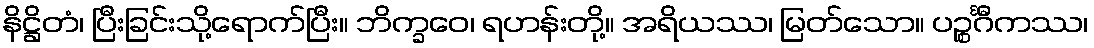
နိဋ္ဌိတံ၊ ပြီးခြင်းသို့ရောက်ပြီး။ ဘိက္ခဝေ၊ ရဟန်းတို့။ အရိယဿ၊ မြတ်သော။ ပဉ္စင်္ဂီကဿ၊